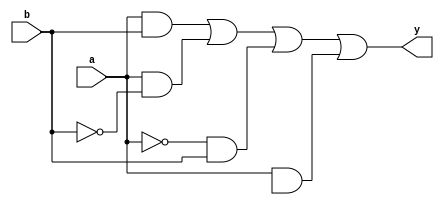
module comb_logic (
    input wire a,       // Input A
    input wire b,       // Input B
    output wire y       // Output Y
);

// Define the combinational logic using the specified conditions and don't care conditions
assign y = (a & b) | (a & ~b) | (~a & b) | (a & 1'bx); // 'x' indicates don't care condition

endmodule